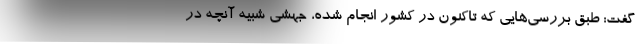
گفت: طبق بررسی‌هایی که تاکنون در کشور انجام شده، جهشی شبیه آنچه در